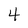
Character: 4